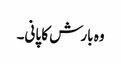
وہ بارش کا پانی۔